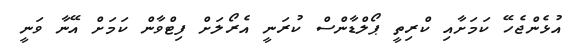
އުޅެންޖެހޭ ކަމަށާއި ކްރިތީ ޕޯލްޑާންސް ކުރަނީ އެރޯލަށް ފިޓްވާން ކަމަށް އޭނާ ވަނީ